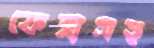
ফেরাসহ